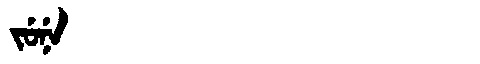
Manchu: ᠵᡠᠨᡝ
Romanization: JUNE